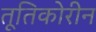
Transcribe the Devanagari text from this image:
तूतिकोरीन